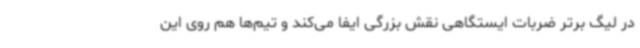
در لیگ برتر ضربات ایستگاهی نقش بزرگی ایفا می‌کند و تیم‌ها هم روی این